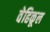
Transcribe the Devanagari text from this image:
वेहिकूल